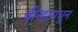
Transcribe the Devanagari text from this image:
चीन्हामधून